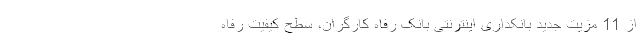
از 11 مزیت جدید بانکداری اینترنتی بانک رفاه کارگران، سطح کیفیت رفاه